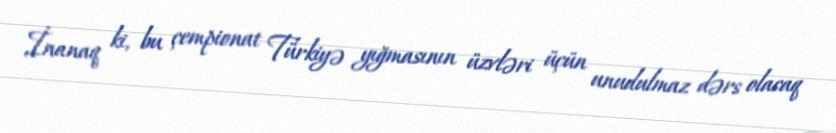
İnanaq ki, bu çempionat Türkiyə yığmasının üzvləri üçün unudulmaz dərs olacaq